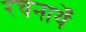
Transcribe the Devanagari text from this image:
रचनायेँ